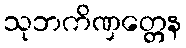
သုဘကိဏှတ္တေန